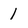
Character: 1